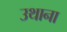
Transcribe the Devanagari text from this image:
उथाना